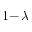
1 \! - \! \lambda